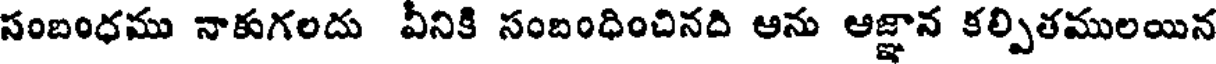
సంబంధము నాకుగలదు వీనికి సంబంధించినది ఆను ఆజ్ఞాన కల్పితములయిన